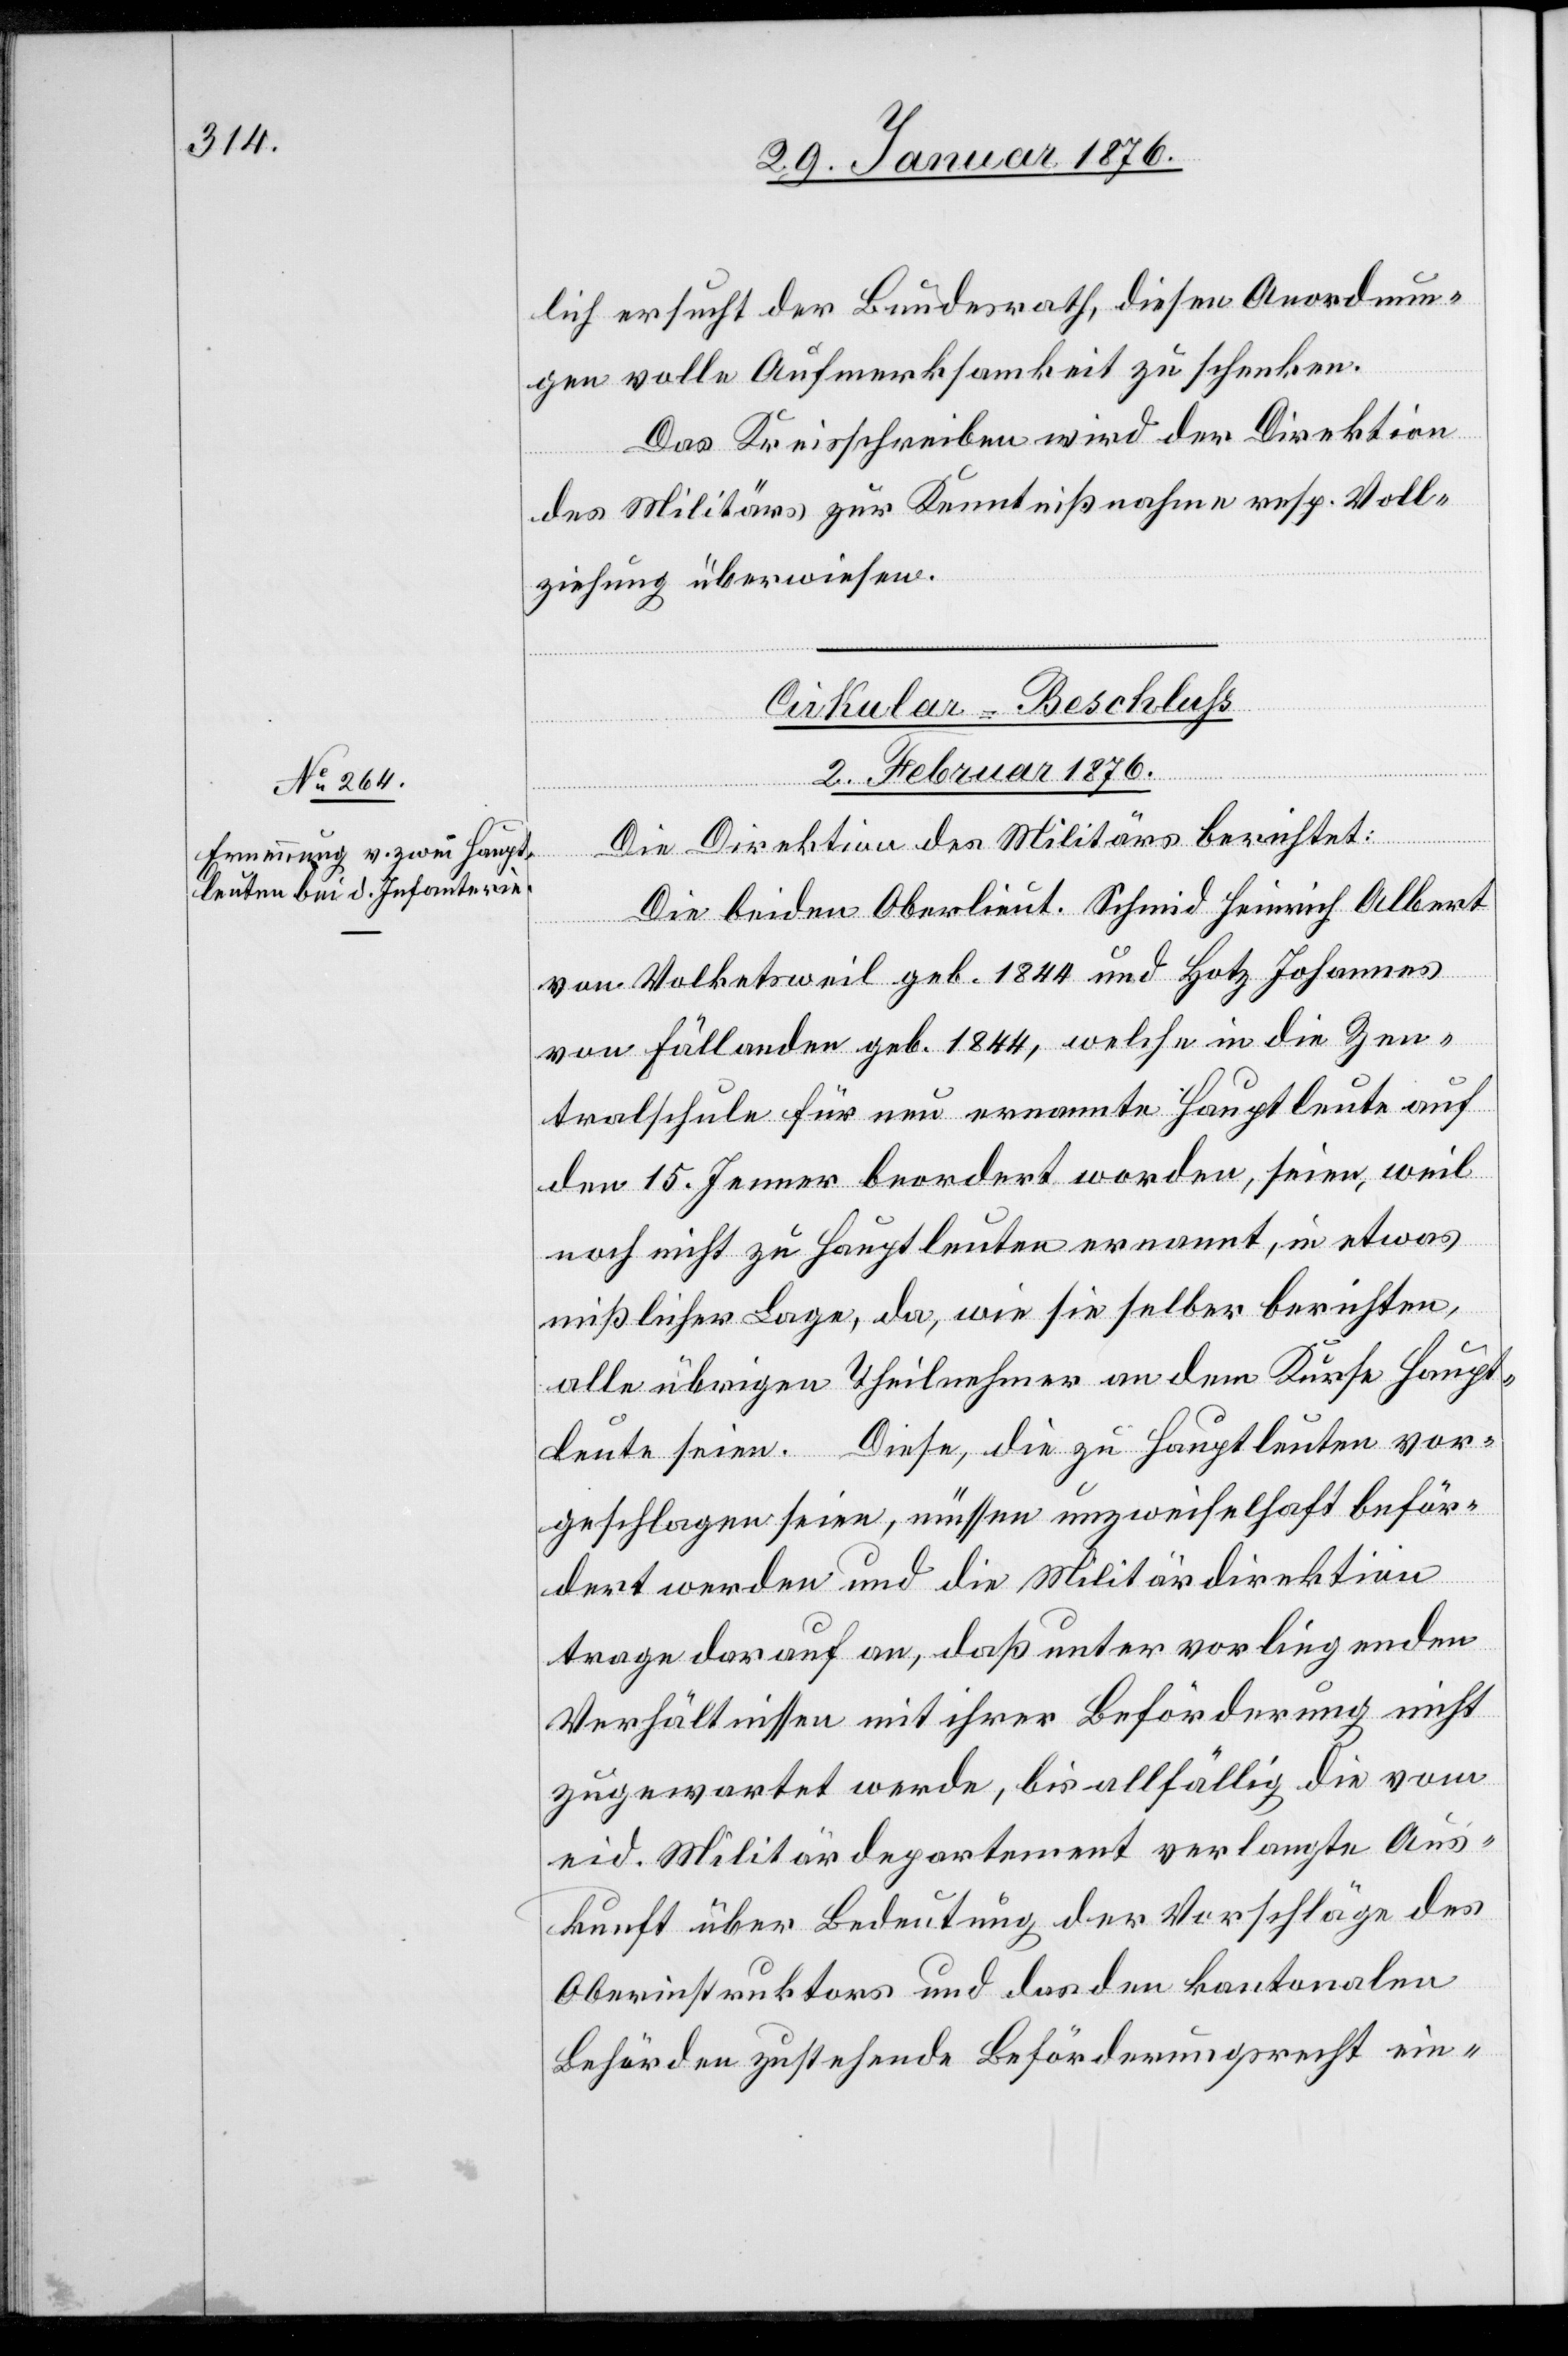
lich ersucht der Bundesrath, diesen Anordnun¬
gen volle Aufmerksamkeit zu schenken.
Das Kreisschreiben wird der Direktion
des Militärs zur Kenntnißnahme resp. Voll¬
ziehung überwiesen.
Cirkular-Beschluss
2. Februar 1876.
Die Direktion des Militärs berichtet:
Die beiden Oberlieut. Schmid Heinrich Albert
von Volketswil geb. 1844 und Hotz Johannes
von Fällanden geb. 1844, welche in die Zen¬
tralschule für neu ernannte Hauptleute auf
den 15. Jenner beordert worden, seien, weil
noch nicht zu Hauptleuten ernannt, in etwas
mißlicher Lage, da, wie sie selber berichten,
alle übrigen Theilnehmer an dem Kurse Haupt¬
leute seien. Diese, die zu Hauptleuten vor¬
geschlagen seien, müssen unzweifelhaft beför¬
dert werden und die Militärdirektion
trage darauf an, daß unter vorliegenden
Verhältnissen mit ihrer Beförderung nicht
zugewartet werde, bis allfällig die vom
eid. Militärdepartement verlangte Aus¬
kunft über Bedeutung der Vorschläge des
Oberinstruktors und das den kantonalen
Behörden zustehende Beförderungsrecht ein-